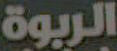
الربوة